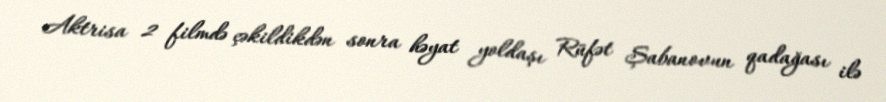
Aktrisa 2 filmdə çəkildikdən sonra həyat yoldaşı Rüfət Şabanovun qadağası ilə